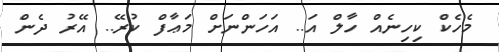
މެހެކް ކިހިނެއް ހާލް އަ.. އަހަންނަށް މަޢާފް ކުރޭ.. އޭރު ދެން